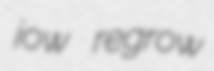
jow regrow